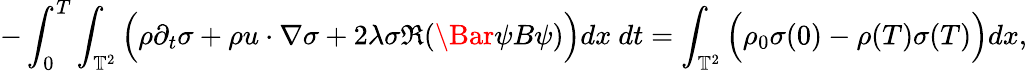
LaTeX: -\int_{0}^{T}\int_{\mathbb{T}^{2}}\Big(\rho\partial_{t}\sigma+\rho u\cdot\nabla\sigma+2\lambda\sigma\Re(\Bar{\psi}B\psi)\Big)dx\ dt=\int_{\mathbb{T}^{2}}\Big(\rho_{0}\sigma(0)-\rho(T)\sigma(T)\Big)dx,